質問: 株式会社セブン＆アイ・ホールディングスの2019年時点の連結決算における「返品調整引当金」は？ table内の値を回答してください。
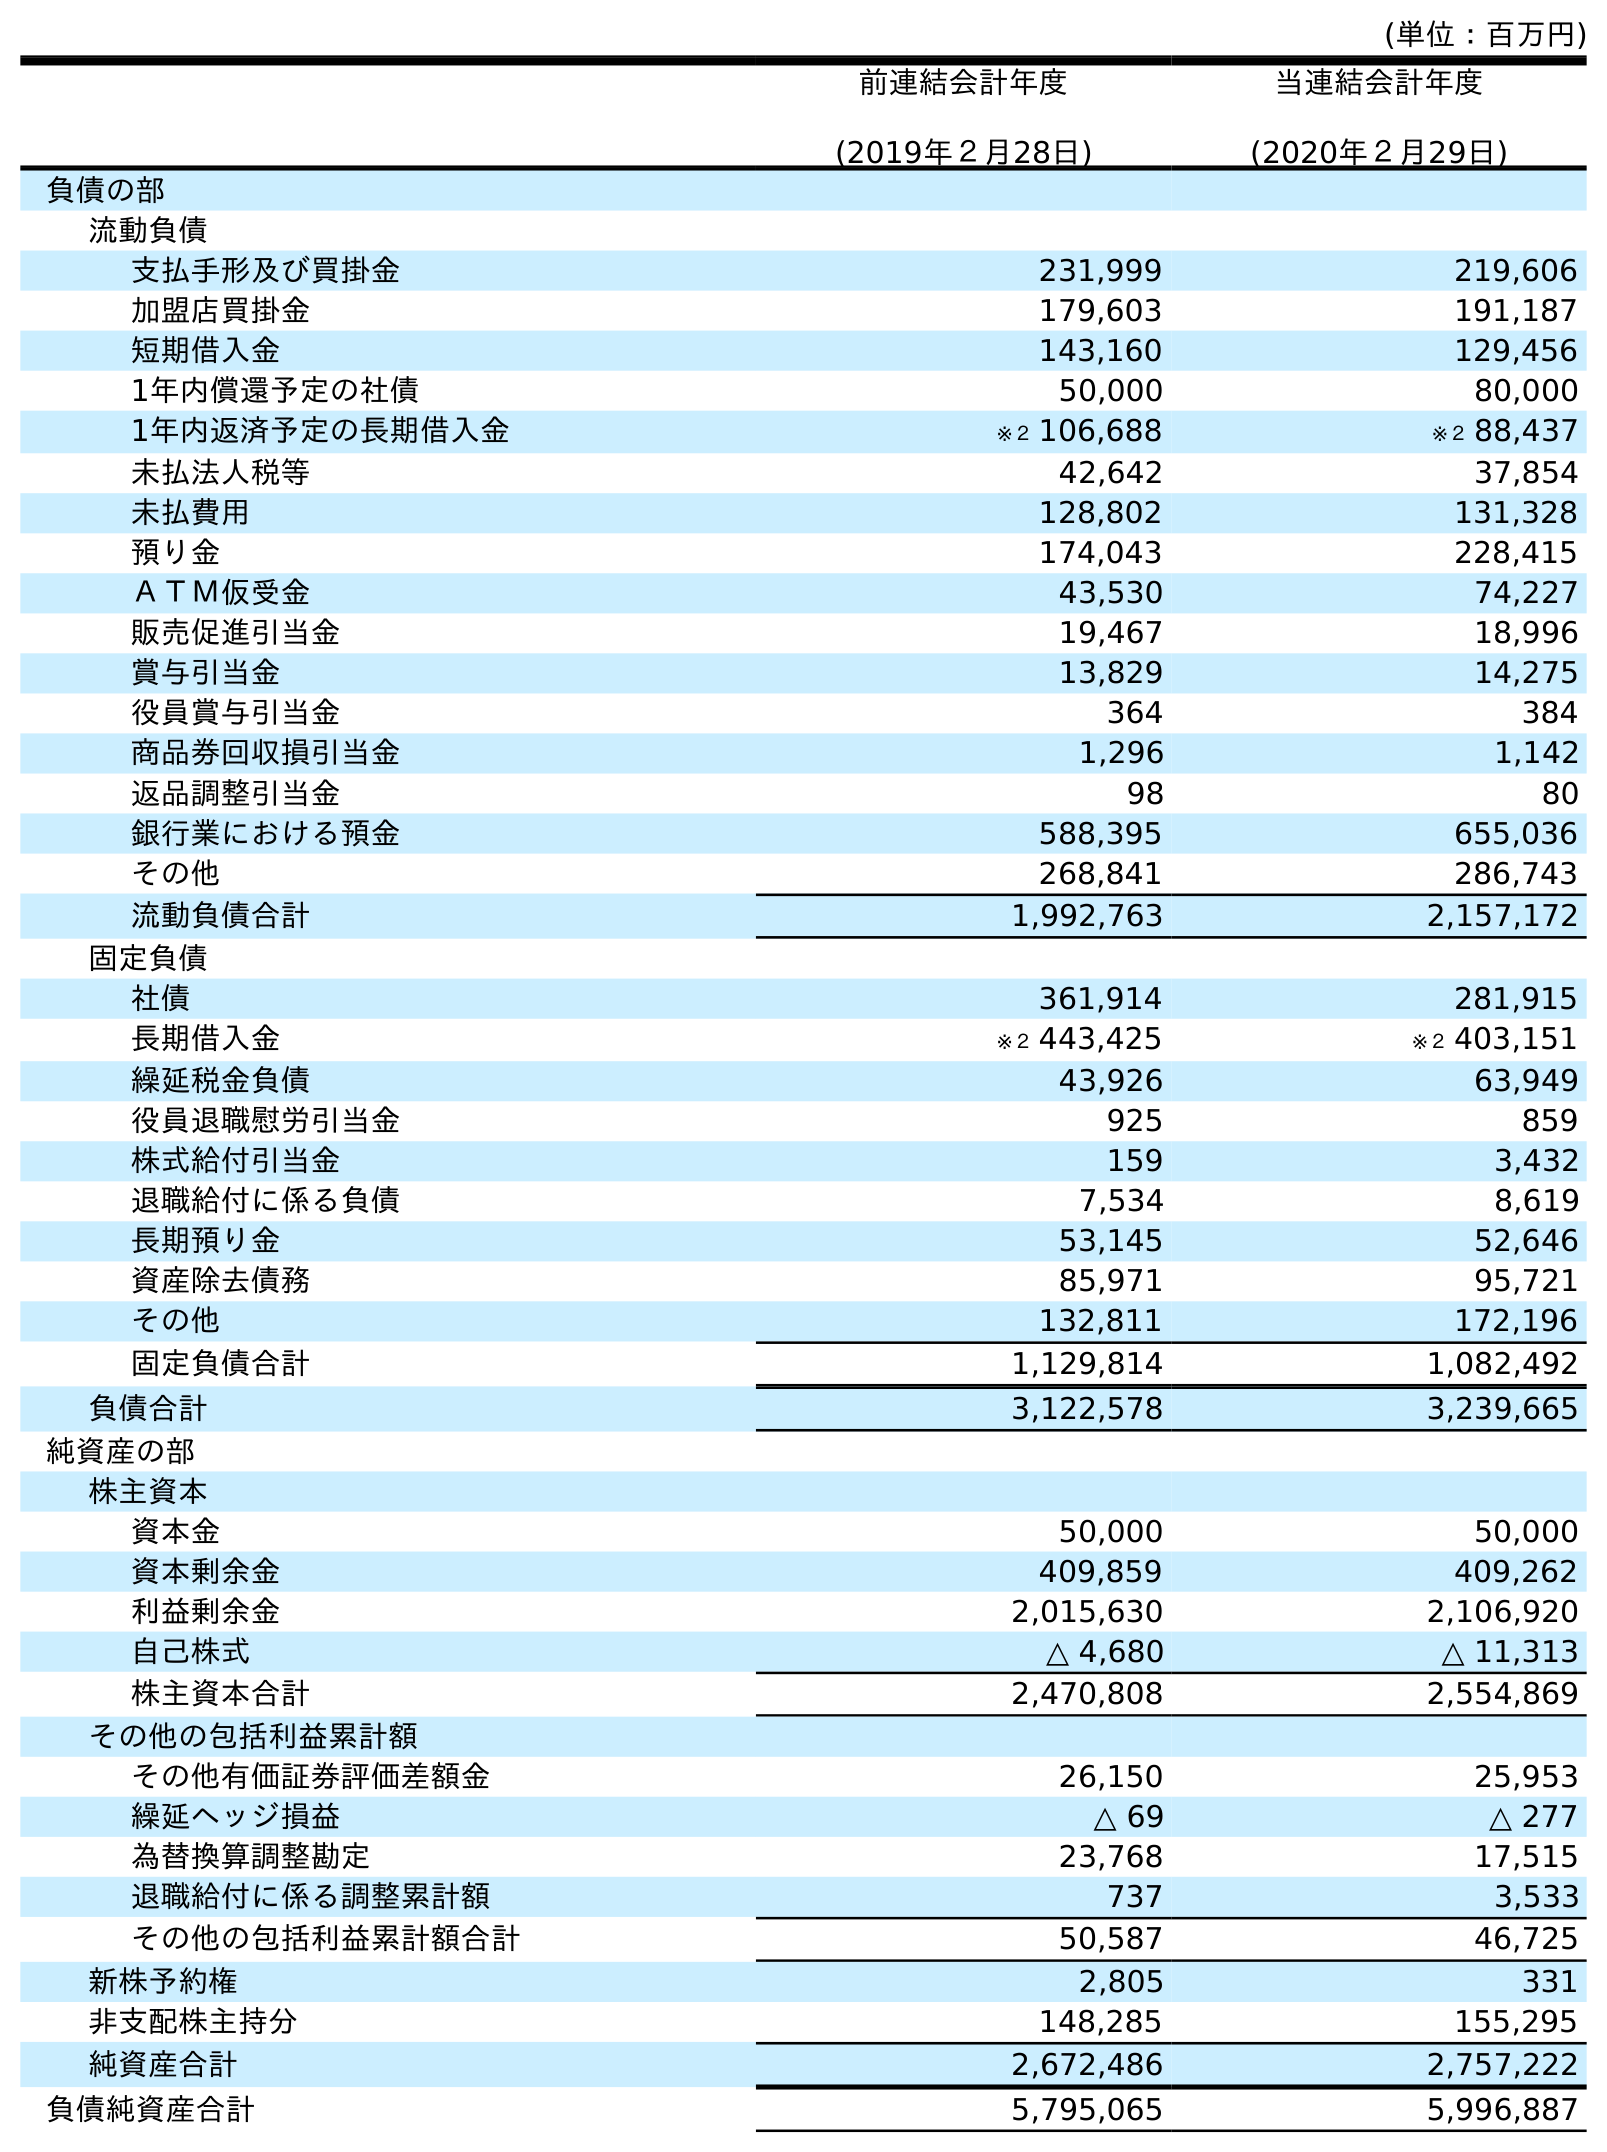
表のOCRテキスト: (単位：百万円) 前連結会計年度 (2019年２月28日) 当連結会計年度 (2020年２月29日) 負債の部 流動負債 支払手形及び買掛金 231,999 219,606 加盟店買掛金 179,603 191,187 短期借入金 143,160 129,456 1年内償還予定の社債 50,000 80,000 1年内返済予定の長期借入金 ※２ 106,688 ※２ 88,437 未払法人税等 42,642 37,854 未払費用 128,802 131,328 預り金 174,043 228,415 ＡＴＭ仮受金 43,530 74,227 販売促進引当金 19,467 18,996 賞与引当金 13,829 14,275 役員賞与引当金 364 384 商品券回収損引当金 1,296 1,142 返品調整引当金 98 80 銀行業における預金 588,395 655,036 その他 268,841 286,743 流動負債合計 1,992,763 2,157,172 固定負債 社債 361,914 281,915 長期借入金 ※２ 443,425 ※２ 403,151 繰延税金負債 43,926 63,949 役員退職慰労引当金 925 859 株式給付引当金 159 3,432 退職給付に係る負債 7,534 8,619 長期預り金 53,145 52,646 資産除去債務 85,971 95,721 その他 132,811 172,196 固定負債合計 1,129,814 1,082,492 負債合計 3,122,578 3,239,665 純資産の部 株主資本 資本金 50,000 50,000 資本剰余金 409,859 409,262 利益剰余金 2,015,630 2,106,920 自己株式 △ 4,680 △ 11,313 株主資本合計 2,470,808 2,554,869 その他の包括利益累計額 その他有価証券評価差額金 26,150 25,953 繰延ヘッジ損益 △ 69 △ 277 為替換算調整勘定 23,768 17,515 退職給付に係る調整累計額 737 3,533 その他の包括利益累計額合計 50,587 46,725 新株予約権 2,805 331 非支配株主持分 148,285 155,295 純資産合計 2,672,486 2,757,222 負債純資産合計 5,795,065 5,996,887
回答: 98